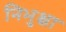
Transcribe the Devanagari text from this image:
निभुक्षा